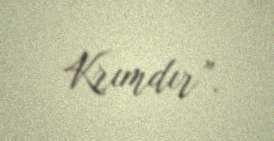
Krımdır”.